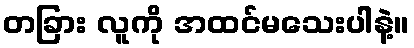
တခြား လူကို အထင်မသေးပါနဲ့။